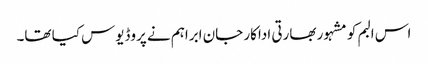
اس البم کو مشہور بھارتی اداکار جان ابراہم نے پروڈیوس کیا تھا۔